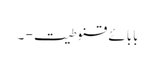
بابائے قنوطیت - ۔